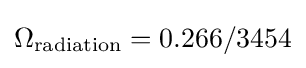
\Omega _{\rm {radiation}}=0.266/3454